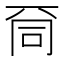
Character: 𠀹